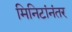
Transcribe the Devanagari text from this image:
मिनिटांनंतर